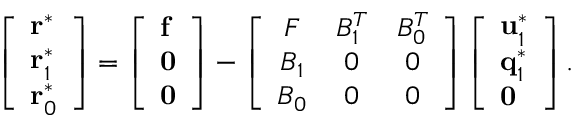
\begin{array} { r } { \left[ \begin{array} { l } { \mathbf { r } ^ { * } } \\ { \mathbf { r } _ { 1 } ^ { * } } \\ { \mathbf { r } _ { 0 } ^ { * } } \end{array} \right] = \left[ \begin{array} { l } { \mathbf { f } } \\ { \bf { 0 } } \\ { \bf { 0 } } \end{array} \right] - \left[ \begin{array} { c c c } { \boldsymbol { F } } & { B _ { 1 } ^ { T } } & { B _ { 0 } ^ { T } } \\ { B _ { 1 } } & { 0 } & { 0 } \\ { B _ { 0 } } & { 0 } & { 0 } \end{array} \right] \left[ \begin{array} { l } { \mathbf { u } _ { 1 } ^ { * } } \\ { \mathbf { q } _ { 1 } ^ { * } } \\ { \bf { 0 } } \end{array} \right] . } \end{array}